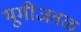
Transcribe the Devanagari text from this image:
भूमीजवळ